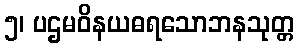
၅၊ ပဌမဝိနယဓရသောဘနသုတ္တ